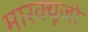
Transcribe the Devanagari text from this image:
मारक्यूजो